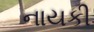
નાયકી